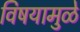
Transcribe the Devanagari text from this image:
विषयामुळे